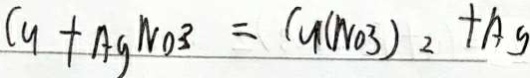
C u + A g N O _ { 3 } = C u ( N O 3 ) _ { 2 } + A g